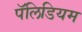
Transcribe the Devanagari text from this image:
पॅलिडियम